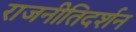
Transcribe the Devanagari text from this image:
राजनीतिदर्शन